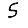
Digit: 5